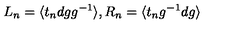
L _ { n } = \langle t _ { n } d g g ^ { - 1 } \rangle , R _ { n } = \langle t _ { n } g ^ { - 1 } d g \rangle